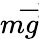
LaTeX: m\overrightarrow g